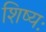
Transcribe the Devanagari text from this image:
शिष्यः